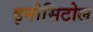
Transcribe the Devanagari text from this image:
इनोसिटोल